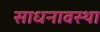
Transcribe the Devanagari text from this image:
साधनावस्था